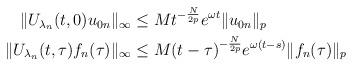
LaTeX: \begin{align*} \begin{aligned} \|U_{\lambda_n}(t,0)u_{0n}\|_\infty &\leq Mt^{-\frac{N}{2p}}e^{\omega t}\|u_{0n}\|_p\\ \|U_{\lambda_n}(t,\tau)f_n(\tau)\|_\infty &\leq M(t-\tau)^{-\frac{N}{2p}}e^{\omega(t-s)}\|f_n(\tau)\|_p \end{aligned} \end{align*}